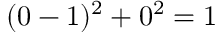
( 0 - 1 ) ^ { 2 } + 0 ^ { 2 } = 1